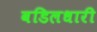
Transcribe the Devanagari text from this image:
वडिलधारी